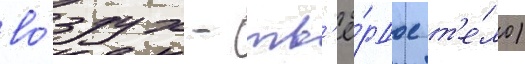
во́здух - тв'ё́рдое т'е́ло)